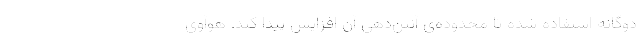
دوگانه استفاده شده تا محدوده‌ی آنتن‌دهی آن افزایش پیدا کند. هوآوی